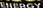
ENERGY